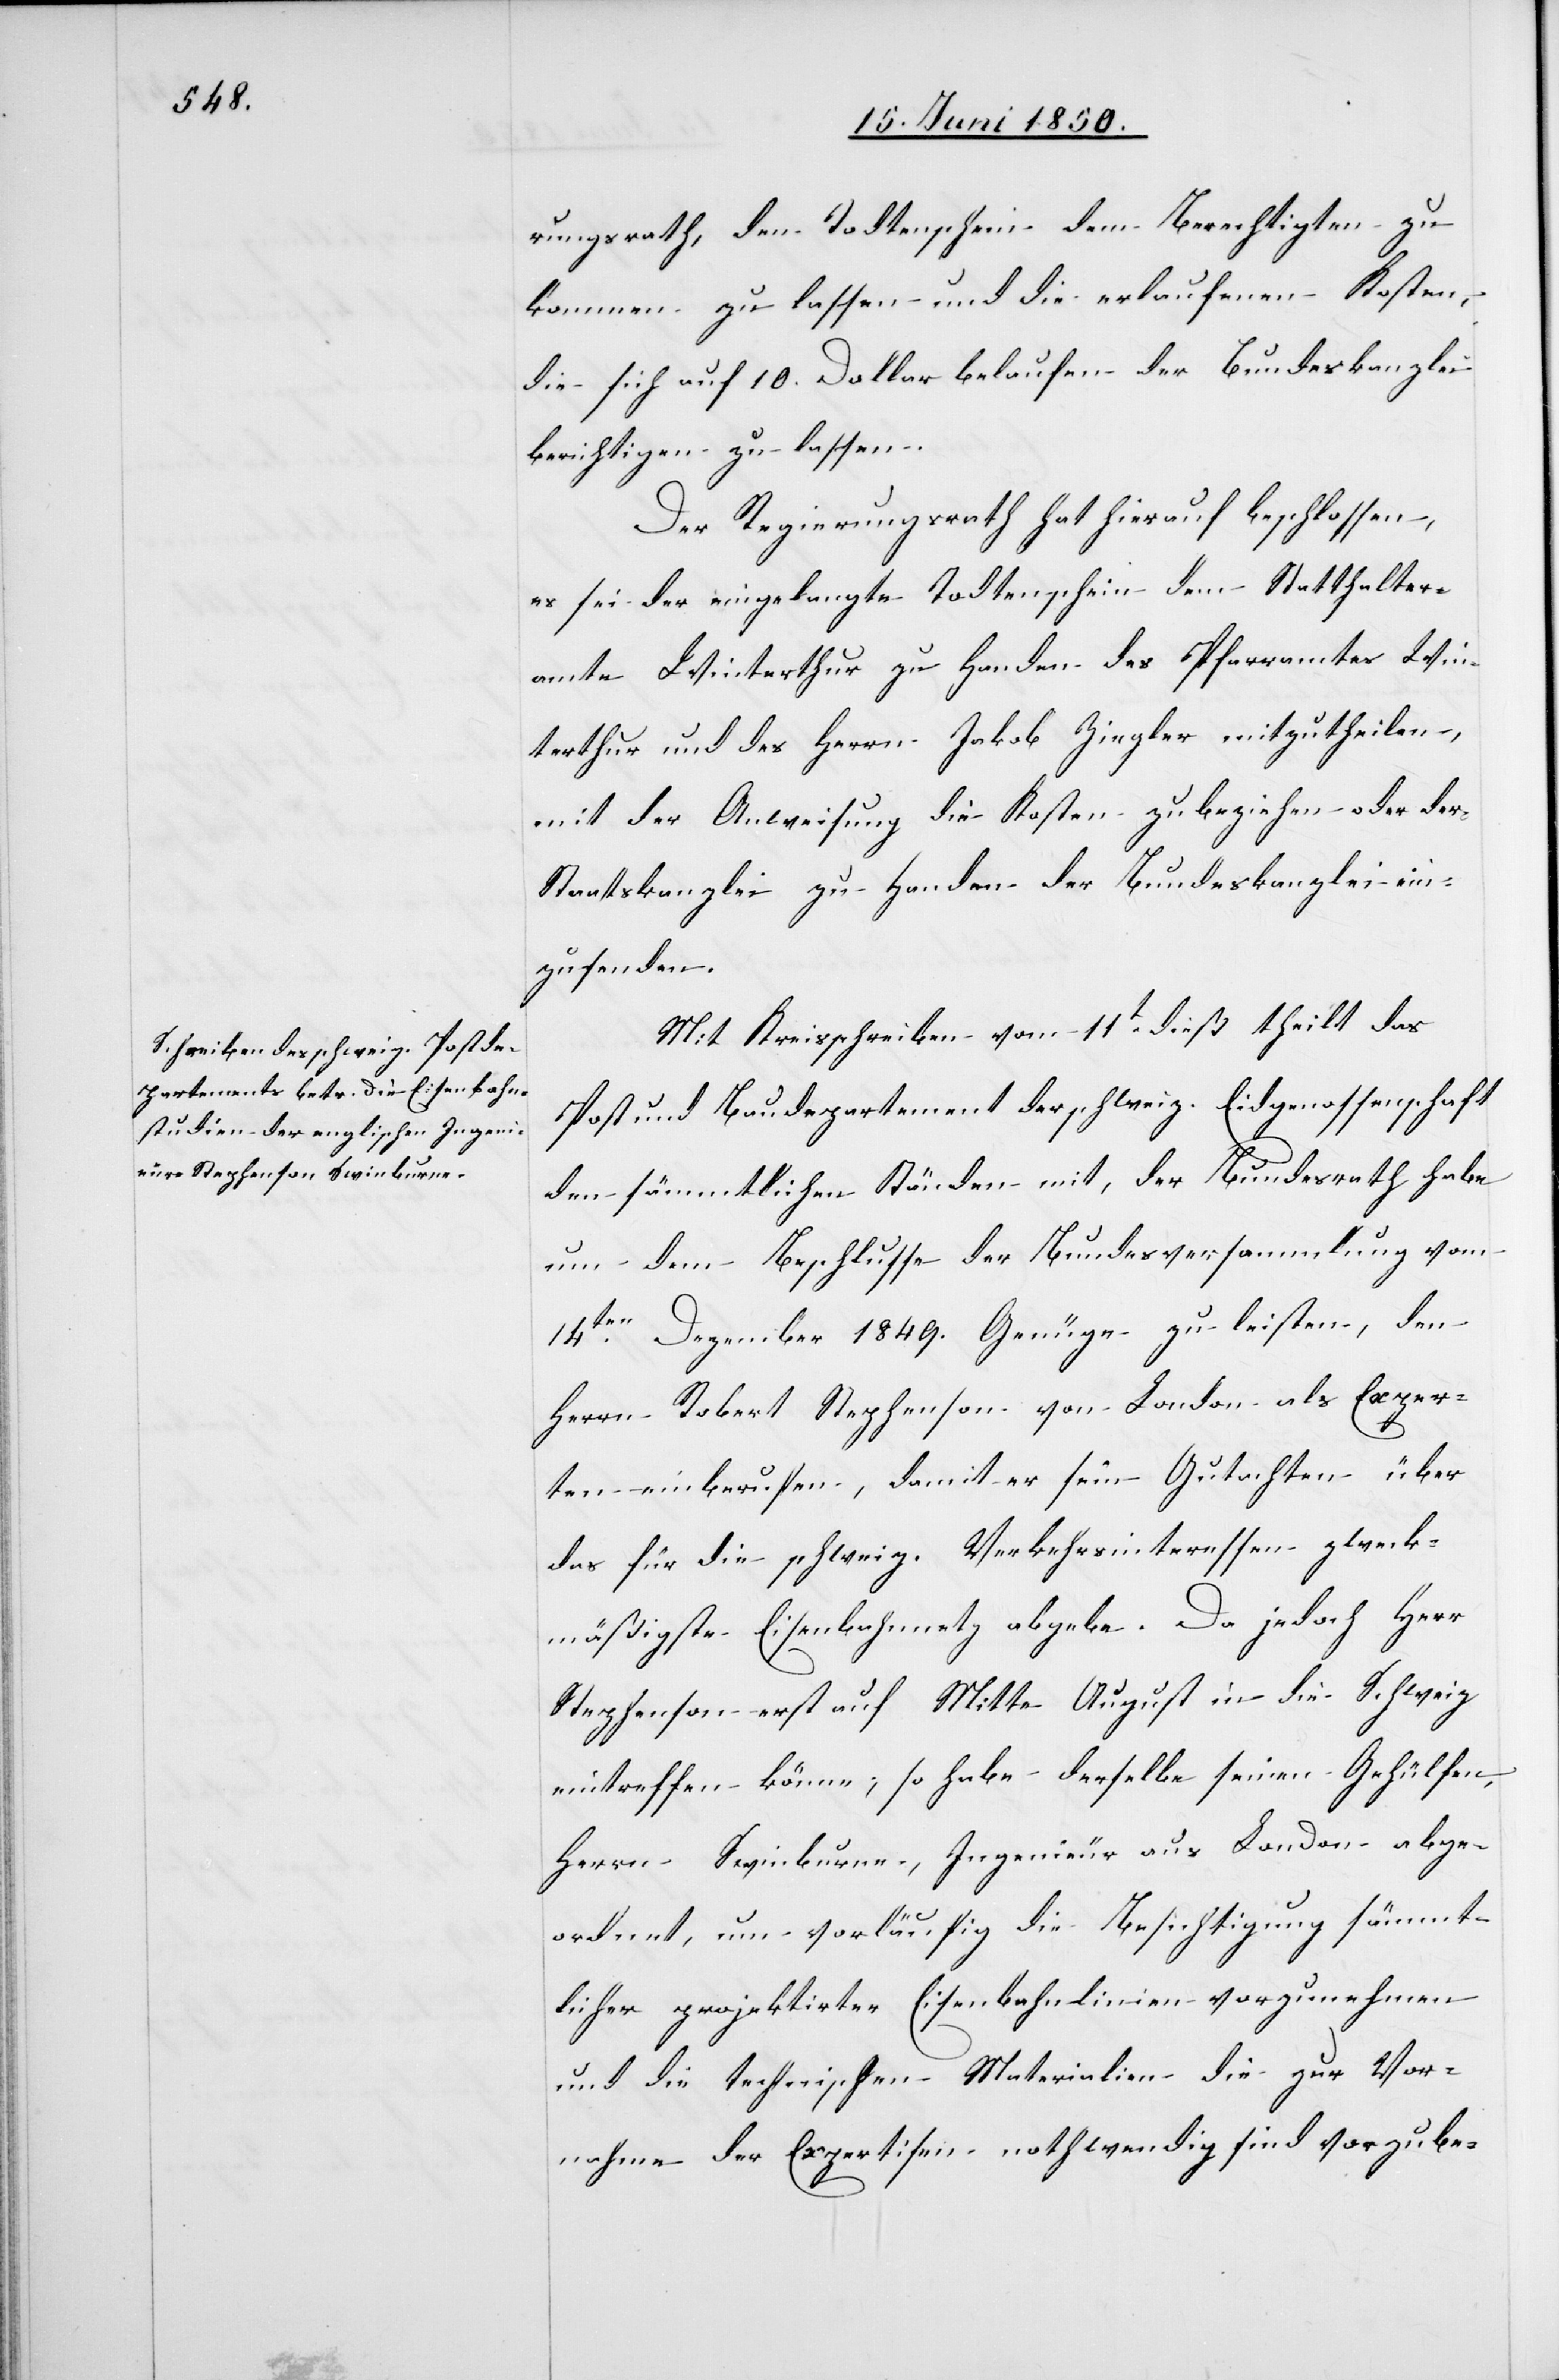
rungsrath, den Todtenschein dem Berechtigten zu¬
kommen zu lassen und die erlaufenen Kosten,
die sich auf 10. Dollar belaufen der Bundeskanzlei
berichtigen zu lassen.
Der Regierungsrath hat hierauf beschlossen,
es sei der eingelangte Todtenschein dem Statthalter¬
amte Winterthur zu Handen des Pfarramtes Win¬
terthur und des Herrn Jakob Ziegler mitzutheilen,
mit der Anweisung die Kosten zu beziehen oder der
Staatskanzlei zu Handen der Bundeskanzlei ein¬
zusenden.
Mit Kreisschreiben vom 11t dß. theilt das
Post und Baudepartement der schweiz. Eidgenossenschaft
den sämmtlichen Ständen mit, der Bundesrath habe
um dem Beschlusse der Bundesversammlung vom
14ten Dezember 1849. Genüge zu leisten, den
Herrn Robert Stephenson von London als Exper¬
ten einberufen, damit er sein Gutachten über
das für die schweiz. Verkehrsinteressen zweck¬
mäßigste Eisenbahnnetz abgebe. Da jedoch Herr
Stephenson erst auf Mitte August in die Schweiz
eintreffen könne, so habe derselbe seinen Gehülfen,
Herr Swinburne, Ingenieur aus London abge¬
ordnet, um vorläufig die Besichtigung sämmt¬
licher projketirter Eisenbahnlinien vorzunehmen
und die technischen Materialien die zur Vor¬
nahme der Expertisen nothwendig sind vorzube-